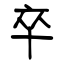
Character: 卒